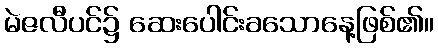
မဲဇလီပင်၌ ဆေးပေါင်းခသောနေ့ဖြစ်၏။